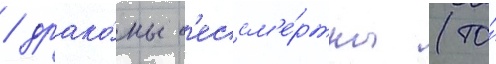
/ драко́ны б'ессм'е́ртны (то́